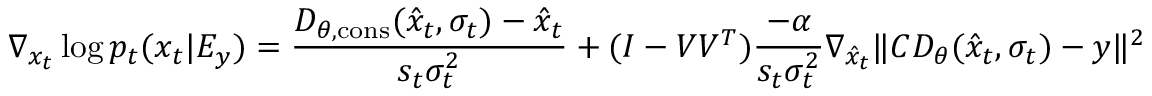
\nabla _ { x _ { t } } \log { p _ { t } ( x _ { t } | E _ { y } ) } = \frac { D _ { \theta , \mathrm { c o n s } } ( \hat { x } _ { t } , \sigma _ { t } ) - \hat { x } _ { t } } { s _ { t } \sigma _ { t } ^ { 2 } } + ( I - V V ^ { T } ) \frac { - \alpha } { s _ { t } \sigma _ { t } ^ { 2 } } \nabla _ { \hat { x } _ { t } } \| C D _ { \theta } ( \hat { x } _ { t } , \sigma _ { t } ) - y \| ^ { 2 }